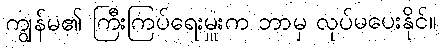
ကျွန်မ၏ ကြီးကြပ်ရေးမှူးက ဘာမှ လုပ်မပေးနိုင်။